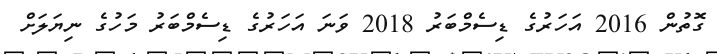
ގޮތުން 2016 އަހަރުގެ ޑިސެމްބަރު 2018 ވަނަ އަހަރުގެ ޑިސެމްބަރު މަހުގެ ނިޔަލަށް